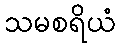
သမစရိယံ